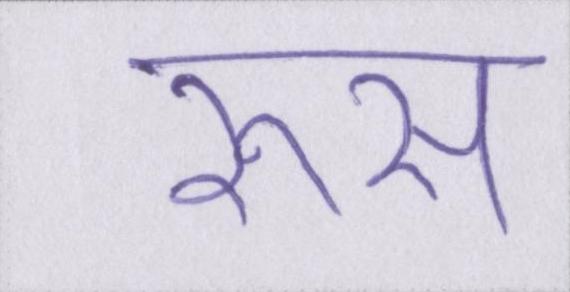
रूस